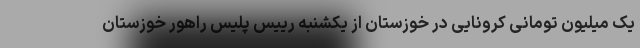
یک میلیون تومانی کرونایی در خوزستان از یکشنبه رییس پلیس راهور خوزستان